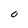
Character: O